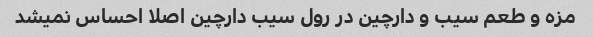
مزه و طعم سیب و دارچین در رول سیب دارچین اصلا احساس نمیشد